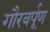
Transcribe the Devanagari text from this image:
गौरवर्पूण